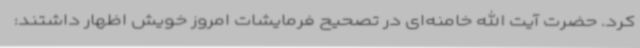
کرد. حضرت آیت الله خامنه‌ای در تصحیح فرمایشات امروز خویش اظهار داشتند: